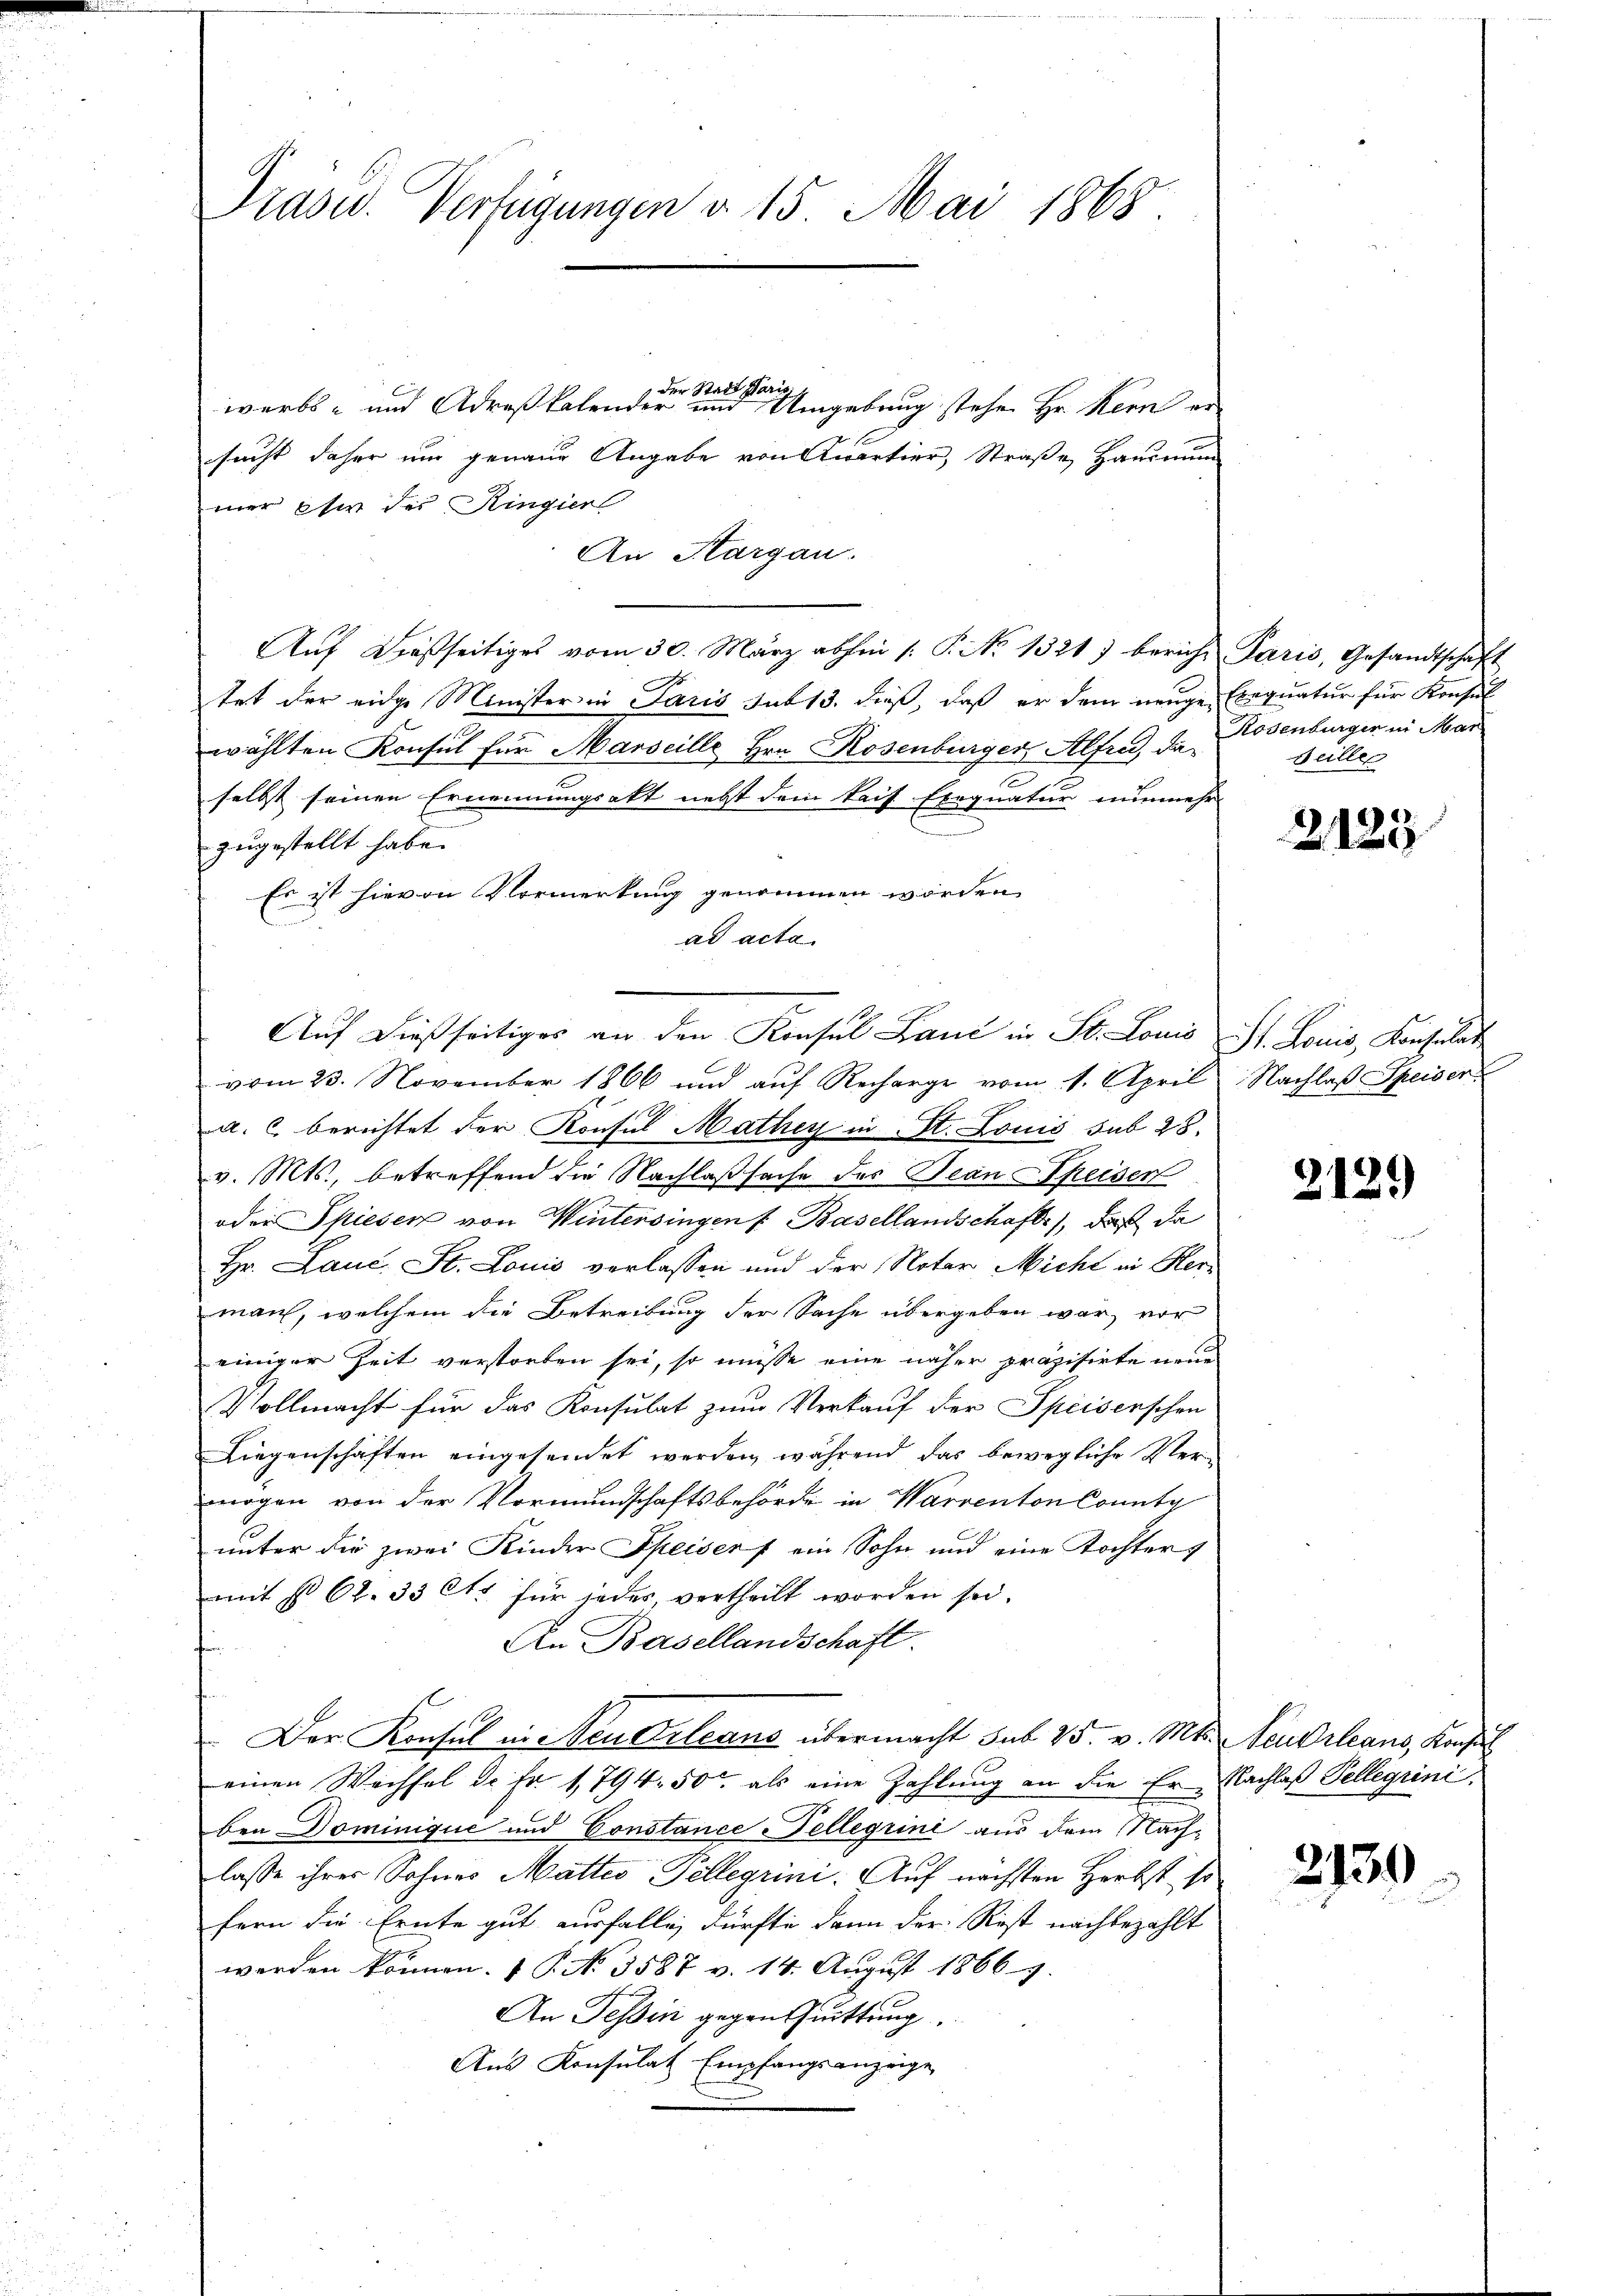
Präsid. Verfügungen v. 15. Mai 1868

der Stadt Paris
werbs- und Adreßkalender und Umgebung stehe Hr. Kern er
sucht daher um genaue Angabe von Quartier, Straße, Hausmun
mer Ehe des Ringier
An Kargau.
Aŭf dießseitiges vom 30. März abhin 1. P. Nr. 1321) bericht Paris, Gesandtschaft
tet der eidge Minister in Paris sub 13. dieß, daß er dem neuge Exequatur für Konsul
wählten Konsul für Marseille Hrn. Rosenburger Alfred, daselbst seinen Ernennungsakt nebst dem kais. Exequatur nunmehr
zugestellt habe.
Es ist hievon Vormerkung genommen worden
ad acta
vom 23. November 1866 und auf Recharge vom 1. April Nachlaß Speiser
a. c. berichtet der Konsul Mathey in St. Louis sub 28.
v. Mts., betreffend die Nachlaßsache des Bean Speiser
oder Spiesen von Wintersingen f Basellandschaft, daß da
Hr. Lauc St. Louis verlassen und der Noter Micht in Herz
man, welchem die Betreibung der Sache übergeben war, vor
einiger Zeit verstorben sei, so müsse eine näher präzisirte neue
Vollmacht für das Konsulat zum Verkauf der Speiserschen
Liegenschaften eingesendet werden, während das bewegliche Vermögen von der Vormundschaftsbehörde in Warrenton County
unter die zwei Kinder Speisers ein Sohn und eine Tochter g
mit § 62. 33 Ctr. für jedes, vertheilt worden sei.
An Basellandschaft.
.
Der Konsul in Neudrleans übermacht sub 25. v. Mts. Neudrleans, Konsul
einen Wechsel de Fr. 1794. 50 als eine Zahlung an die Er Nachlaß Tellegiini
ben Dominique und Constance ellegrini aus dem Nachlasse ihrer Sohnes Mattes Pellegrini. Auf nächsten Herbst, so
fern die Ernte gut ausfalle, dürfte dann der Rest nachbezahlt
werden können. ( P. No. 3587 v. 14. August 18669.
An Tessin gegen Quittung,
Aus Konsulat Empfangsanzeige

Auf dießseitiges an den Konsul Land in St. Louis St. Louis, Konsulat

Rosenburger in Mar
Heiller

2125

2129

2739